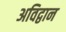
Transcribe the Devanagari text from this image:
अविद्वान